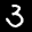
Label: 3